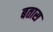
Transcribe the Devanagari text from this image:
बतास